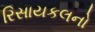
રિસાયકલનો